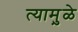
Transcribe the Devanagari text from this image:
त्यामु़ळे